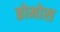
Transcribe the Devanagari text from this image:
ब्रोमोस